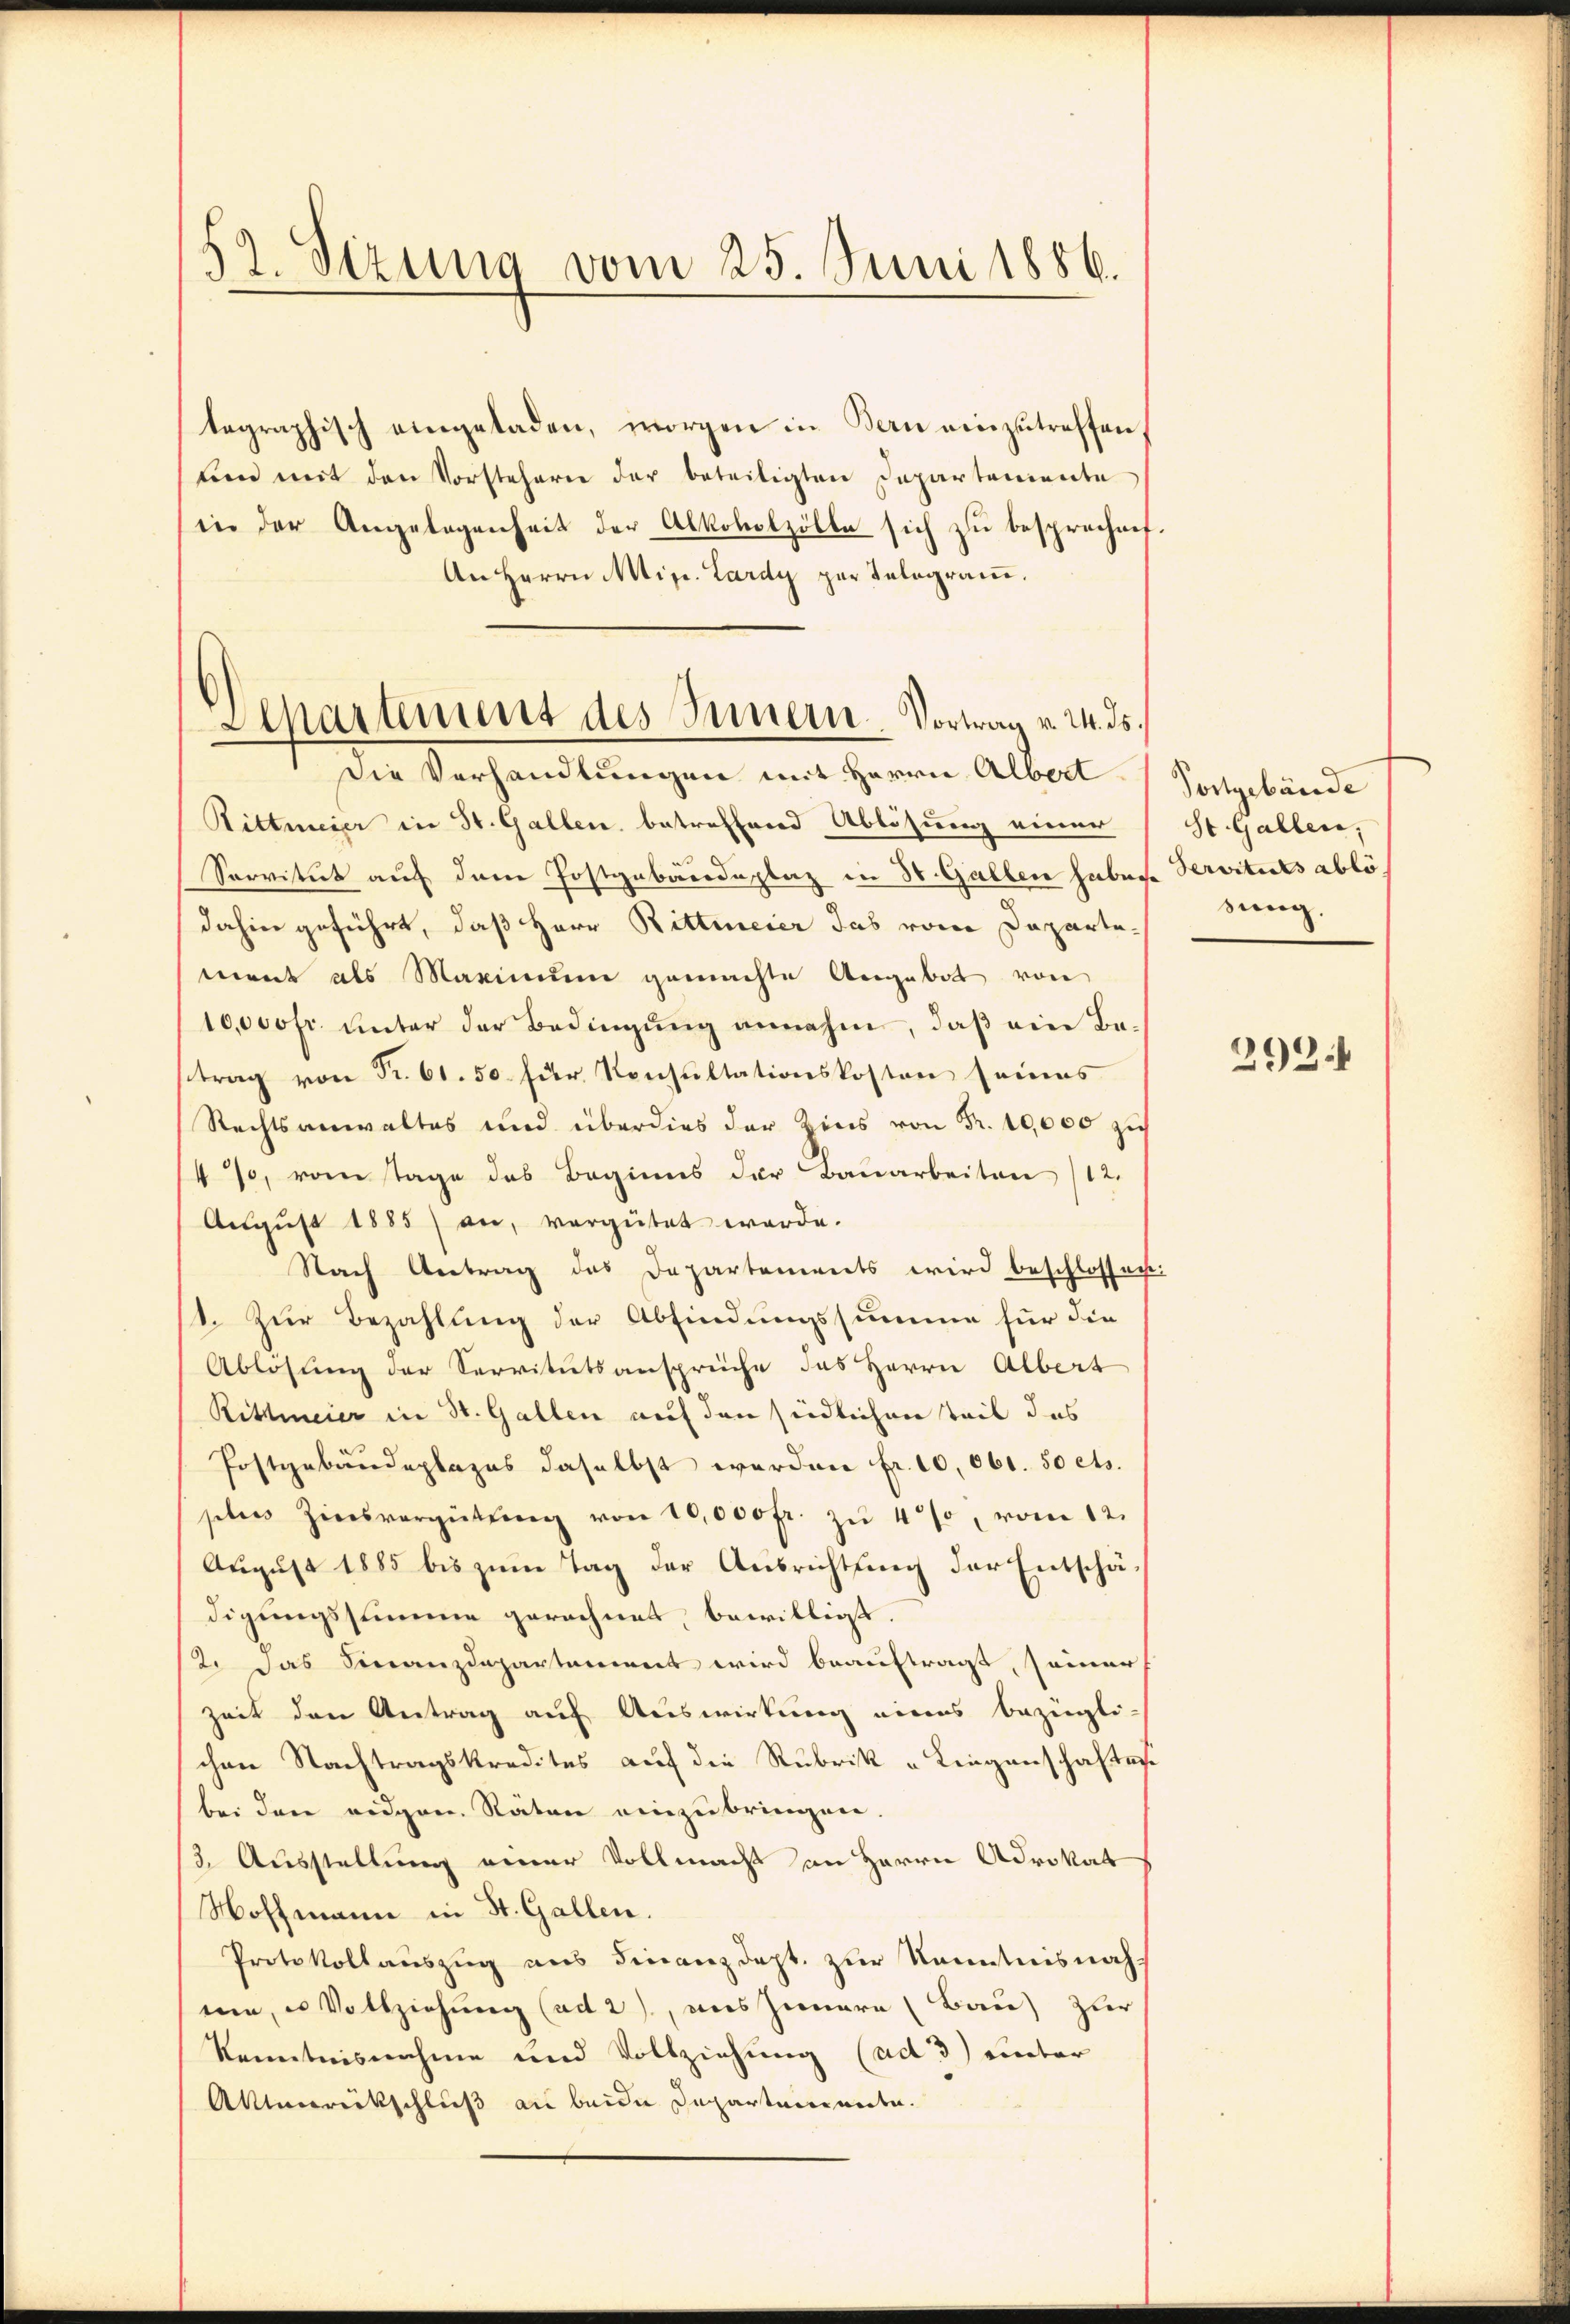
52. Sizung vom 25. Juni 1886.

tographisch eingeladen, morgen in Bern einzutreffen
und mit den Vorstehern der beteiligten Departemente
in der Angelegenheit der Alkoholzölle sich zu besprechen.
An Herrn Min. Lardy per Telegram.

Apartement des Innern Vortrag v. 24. ds.
Die Verhandlungen mit Herrn Albert Sotgebäude

Rittmeier in St. Gallen betreffend Ablösung einer
Servitut auf dem Postgebärdeplaz in 80. Gallen habache Servituts ablö
dahin geführt, daß Herr Rittmeier das vom Departement als Maximum gemachte Angebot von
10,000 fr. unter der Bedingŭng annahm, daβ ein Be-
trag von Fr. 61. 50 für Konsultationskosten seines
Rechtsanwaltes und überdies der Zins von Fr. 10,000 zu
 %, vom Tage das Beginns der Bauarbeiten /12.
Aŭgŭst 1885) an, vergütet werde.
Nach Antrag des Departements wird beschlossen:
1. Zur Bezahlung der Abfindungssumme für die
Ablösung der Servitutsansprüche das Herrn Albert
Rittmeier in St. Gallen auf den südlichen Teil das
Postgebäudeplages daselbst werden fr. 10,061. 50 cts.
plus Zinsvergütŭng von 10,000 fr. zŭ 4%, vom 12.
August 1885 bis zum Tag der Ausrichtung der Entschädigungssumme gerechnet, bewilligt.
2. Das Finanzdepartament wird beauftragt, seiner
zeit den Antrag auf Auswirkung eines bezügli-
chen Nachtragskredites auf die Rubrik u Liegenschaften
bei den eidgen. Räten einzubringen.
3. Ausstellung einer Vollmacht an Herrn Advokat
Hoffmann in St. Gallen.
Protokollauszug aus Finanzdept. zur Kenntnisnahnie, es Vollziehung (ad 2), aus Innere (Bau) zur
Kenntnisnahme und Vollziehung (ad 3) unter
Altenrückschluß an beide Departemente.

St. Gallen,
sung.

292.